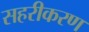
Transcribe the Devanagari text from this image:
सहरीकरण